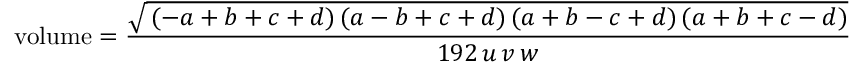
{ \mathrm { v o l u m e } } = { \frac { \sqrt { \, ( - a + b + c + d ) \, ( a - b + c + d ) \, ( a + b - c + d ) \, ( a + b + c - d ) } } { 1 9 2 \, u \, v \, w } }